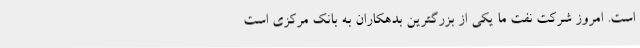
است. امروز شرکت نفت ما یکی از بزرگترین بدهکاران به بانک مرکزی است